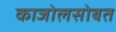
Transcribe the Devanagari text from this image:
काजोलसोबत